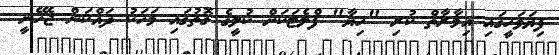
ފިޔަވަހީގައި އިމާރާތް ކުރި "ހިޔާ" ފްލެޓަކަށް ކުލީގެެ ގޮތުގައި މަހަކު ދައްކަން ޖެހޭނީ